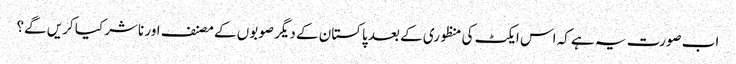
اب صورت یہ ہے کہ اس ایکٹ کی منظوری کے بعد پاکستان کے دیگر صوبوں کے مصنف اور ناشر کیا کریں گے؟